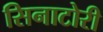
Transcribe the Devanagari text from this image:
सिनाटोरी